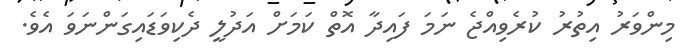
މިންވަރު އިތުރު ކުރެވިއްޖެ ނަމަ ފައިދާ އޮތް ކަމަށް އަދުލީ ދެކިވަޑައިގަންނަވަ އެވެ.